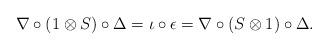
LaTeX: \begin{gather*}\nabla \circ (1\otimes S)\circ \Delta=\iota\circ\epsilon=\nabla \circ (S\otimes 1)\circ \Delta.\end{gather*}